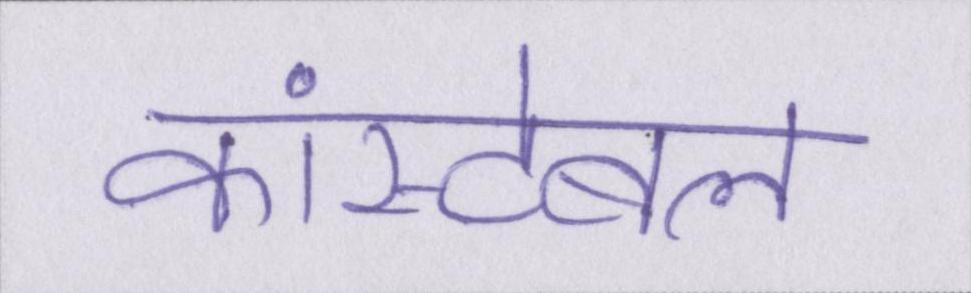
कांस्टेबल